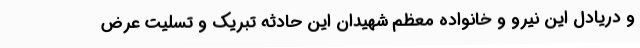
و دریادل این نیرو و خانواده معظم شهیدان این حادثه تبریک و تسلیت عرض